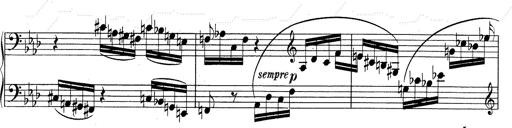
Title: Weinen, Klagen, Sorgen, Zagen
Composer: Franz Liszt